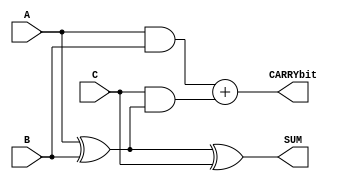
`timescale 1ns/100ps

// Full Adder
module FullAdder(A, B, C, SUM, CARRYbit);

	// Input and output port declaration
	input A, B, C;
	output SUM, CARRYbit;
	
	// Combinational logic for SUM and CARRY bit outputs
	assign SUM = (A ^ B ^ C);
	assign CARRYbit = (A & B) + (C & (A ^ B));

endmodule

module MULT(MULTIPLICAND, MULTIPLIER, OUT);

	// Input and output port declaration
	input [7:0] MULTIPLICAND, MULTIPLIER;
	output [7:0] OUT;
	
	// Intermediate carry bit
	wire C0 [5:0];
	wire C1 [4:0];
	wire C2 [3:0];
	wire C3 [2:0];
	wire C4 [1:0];
	wire C5;
	
	// Intermediate sums
	wire sum0 [5:0];
	wire sum1 [4:0];
	wire sum2 [3:0];
	wire sum3 [2:0];
	wire sum4 [1:0];
	wire sum5;
	
	// Bus to store result before output
	wire [7:0] RESULT;
	
	// First bit of RESULT
	assign RESULT[0] = MULTIPLIER[0] & MULTIPLICAND[0];	
	
	
	// A Full Adder array to performs calculations by shifting and adding binary numbers to calculate the result.
	// Layer-1
	FullAdder FA0_0(MULTIPLIER[0] & MULTIPLICAND[1], MULTIPLIER[1] & MULTIPLICAND[0], 1'b0, RESULT[1], C0[0]);
	FullAdder FA0_1(MULTIPLIER[0] & MULTIPLICAND[2], MULTIPLIER[1] & MULTIPLICAND[1], C0[0], sum0[0], C0[1]);
	FullAdder FA0_2(MULTIPLIER[0] & MULTIPLICAND[3], MULTIPLIER[1] & MULTIPLICAND[2], C0[1], sum0[1], C0[2]);
	FullAdder FA0_3(MULTIPLIER[0] & MULTIPLICAND[4], MULTIPLIER[1] & MULTIPLICAND[3], C0[2], sum0[2], C0[3]);
	FullAdder FA0_4(MULTIPLIER[0] & MULTIPLICAND[5], MULTIPLIER[1] & MULTIPLICAND[4], C0[3], sum0[3], C0[4]);
	FullAdder FA0_5(MULTIPLIER[0] & MULTIPLICAND[6], MULTIPLIER[1] & MULTIPLICAND[5], C0[4], sum0[4], C0[5]);
	FullAdder FA0_6(MULTIPLIER[0] & MULTIPLICAND[7], MULTIPLIER[1] & MULTIPLICAND[6], C0[5], sum0[5], );
	
	// Layer-2
	FullAdder FA1_0(sum0[0], MULTIPLIER[2] & MULTIPLICAND[0], 1'b0, RESULT[2], C1[0]);
	FullAdder FA1_1(sum0[1], MULTIPLIER[2] & MULTIPLICAND[1], C1[0], sum1[0], C1[1]);
	FullAdder FA1_2(sum0[2], MULTIPLIER[2] & MULTIPLICAND[2], C1[1], sum1[1], C1[2]);
	FullAdder FA1_3(sum0[3], MULTIPLIER[2] & MULTIPLICAND[3], C1[2], sum1[2], C1[3]);
	FullAdder FA1_4(sum0[4], MULTIPLIER[2] & MULTIPLICAND[4], C1[3], sum1[3], C1[4]);
	FullAdder FA1_5(sum0[5], MULTIPLIER[2] & MULTIPLICAND[5], C1[4], sum1[4], );
	
	// Layer-3
	FullAdder FA2_0(sum1[0], MULTIPLIER[3] & MULTIPLICAND[0], 1'b0, RESULT[3], C2[0]);
	FullAdder FA2_1(sum1[1], MULTIPLIER[3] & MULTIPLICAND[1], C2[0], sum2[0], C2[1]);
	FullAdder FA2_2(sum1[2], MULTIPLIER[3] & MULTIPLICAND[2], C2[1], sum2[1], C2[2]);
	FullAdder FA2_3(sum1[3], MULTIPLIER[3] & MULTIPLICAND[3], C2[2], sum2[2], C2[3]);
	FullAdder FA2_4(sum1[4], MULTIPLIER[3] & MULTIPLICAND[4], C2[3], sum2[3], );
	
	//Layer-4
	FullAdder FA3_0(sum2[0], MULTIPLIER[4] & MULTIPLICAND[0], 1'b0, RESULT[4], C3[0]);
	FullAdder FA3_1(sum2[1], MULTIPLIER[4] & MULTIPLICAND[1], C3[0], sum3[0], C3[1]);
	FullAdder FA3_2(sum2[2], MULTIPLIER[4] & MULTIPLICAND[2], C3[1], sum3[1], C3[2]);
	FullAdder FA3_3(sum2[3], MULTIPLIER[4] & MULTIPLICAND[3], C3[2], sum3[2], );
	
	//Layer-5
	FullAdder FA4_0(sum3[0], MULTIPLIER[5] & MULTIPLICAND[0], 1'b0, RESULT[5], C4[0]);
	FullAdder FA4_1(sum3[1], MULTIPLIER[5] & MULTIPLICAND[1], C4[0], sum4[0], C4[1]);
	FullAdder FA4_2(sum3[2], MULTIPLIER[5] & MULTIPLICAND[2], C4[1], sum4[1], );
	
	//Layer-6
	FullAdder FA5_0(sum4[0], MULTIPLIER[6] & MULTIPLICAND[0], 1'b0, RESULT[6], C5);
	FullAdder FA5_1(sum4[1], MULTIPLIER[6] & MULTIPLICAND[1], C5, sum5, );
	
	//Layer-7
	FullAdder FA6_0(sum5, MULTIPLIER[7] & MULTIPLICAND[0], 1'b0, RESULT[7], );
	
	// Final result assign to output with #3 time delay
	assign #3 OUT = RESULT;

endmodule